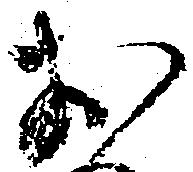
お